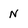
Character: N